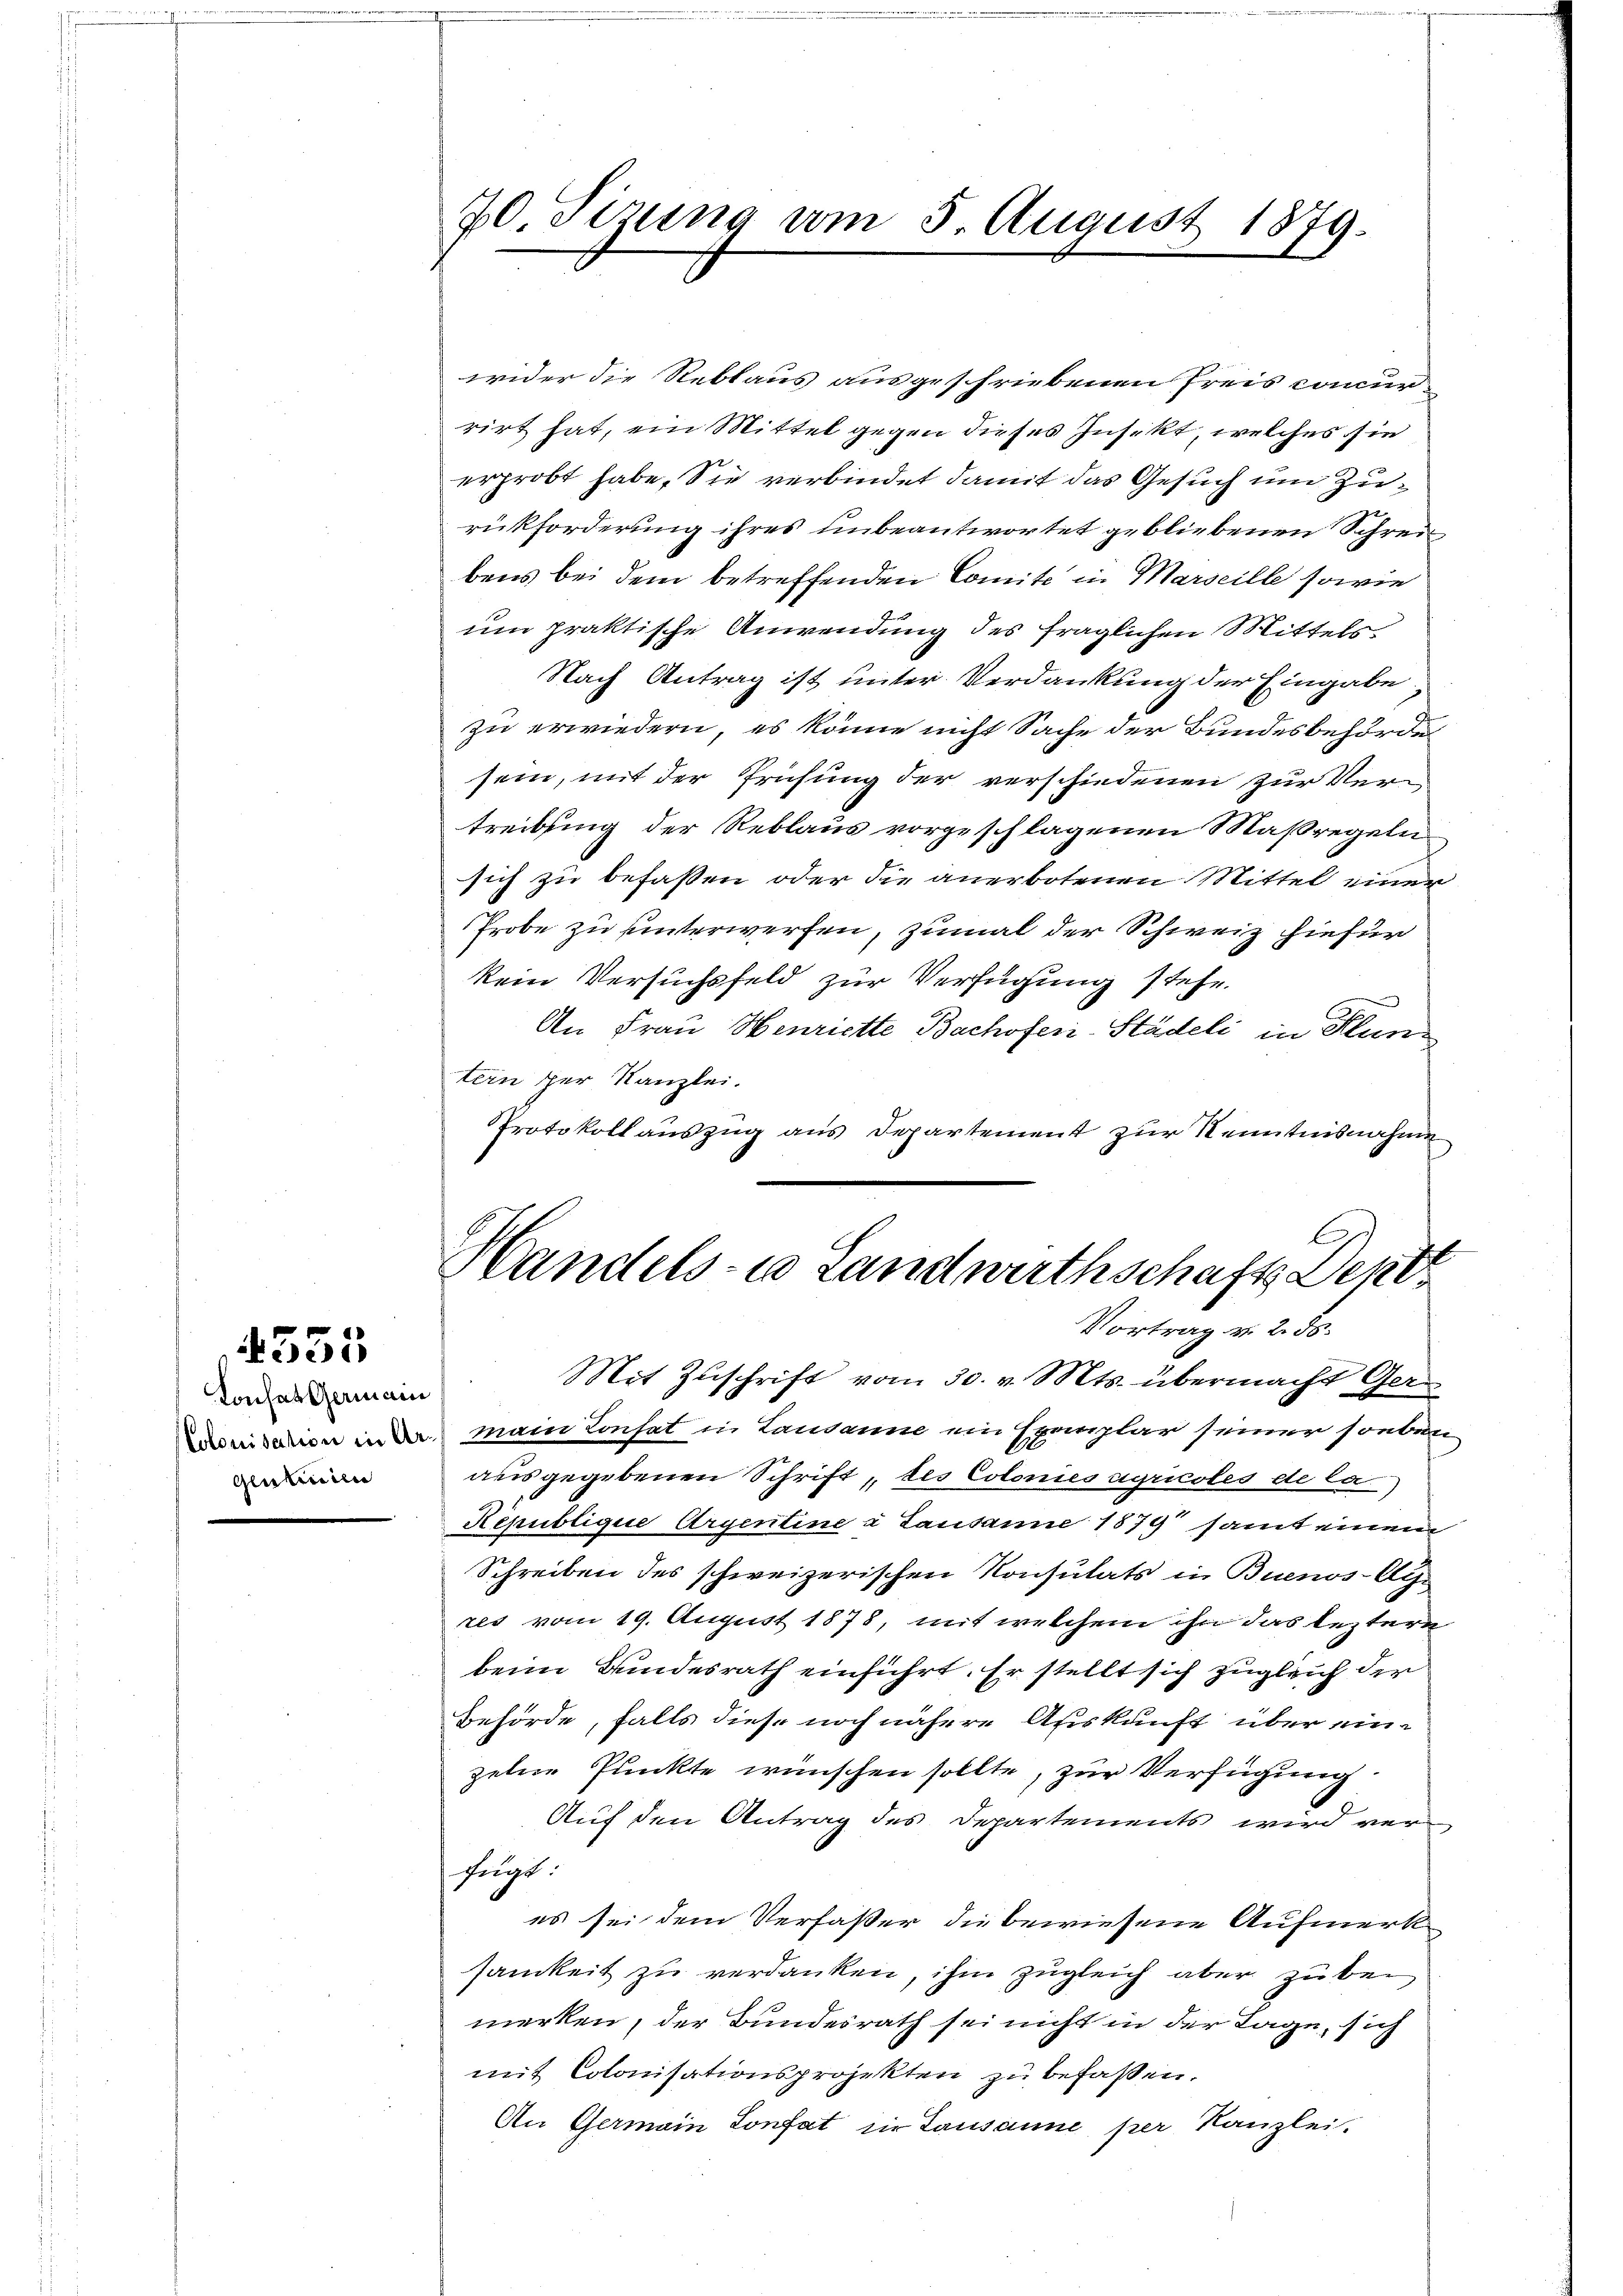
Konses Germain
Glutweilen
m

335

70. Sizung vom 5. August 1879.

wider die Reblaus ausgeschriebenen Preis concurrirt hat, ein Mittel gegen dieses Insekt, welches sie
erprobt habe. Sie verbindet damit das Gesuch um Zurückforderung ihres unbeantwortet gebliebenen Schreibens bei dem betreffenden Comite in Marseille sowie
um praktische Anwendung des fraglichen Mittels
Nach Antrag ist unter Verdankung der Eingabe,
zu erwiedern, es könne nicht Sache der Bundesbehörde
sein, mit der Prüfung der verschiedenen zur Vertreibsing der Reblaus vorgeschlagenen Maßregeln
sich zu befassen oder die anerbotenen Mittel einer
Probe zu unterwerfen, zumal der Schweiz hiefür
kein Versuchsfeld zur Verfügung stehe.
An Frau Henriette Bachoferi-Städeli in Kluntern der Kanzlei.
Protokoll auszug aus Departement zur Kenntnisnahmen

Handels- u Landwirthschaft Dept
Vortrag v. 2. ds.

Mit Zuschrift vom 30. v. Mts. übermacht Ger
ion in da main Konst in Lausanne ein Exemplar seiner soeben
ausgegebenen Schrift, des Colonies agricoles de la
Republique Argentine u Lausanne 1879 samt einem
Schreiben des schweizerischen Konsulats in Buenos-Ayr
zes vom 19. August 1878, mit welchem ihn das leztere
beim Bundesrath einführt. Er stellt sich zugleich der
Behörde, falls diese noch nähere Auskunft über eine
zelne Punkte wünschen sollte, zur Verfügung.
Auf den Antrag des Departements wird verfügt:
es sei dem Verfaßer die bewiesene Aufmerksamkeit zu verdanken, ihm zugleich aber zu bei
merken, der Bundesrath sei nicht in der Lage, sich
mit Colonisationsprojekten zu befaßen.
An Germain Sonfat zur Lausanne per Kanzlei.